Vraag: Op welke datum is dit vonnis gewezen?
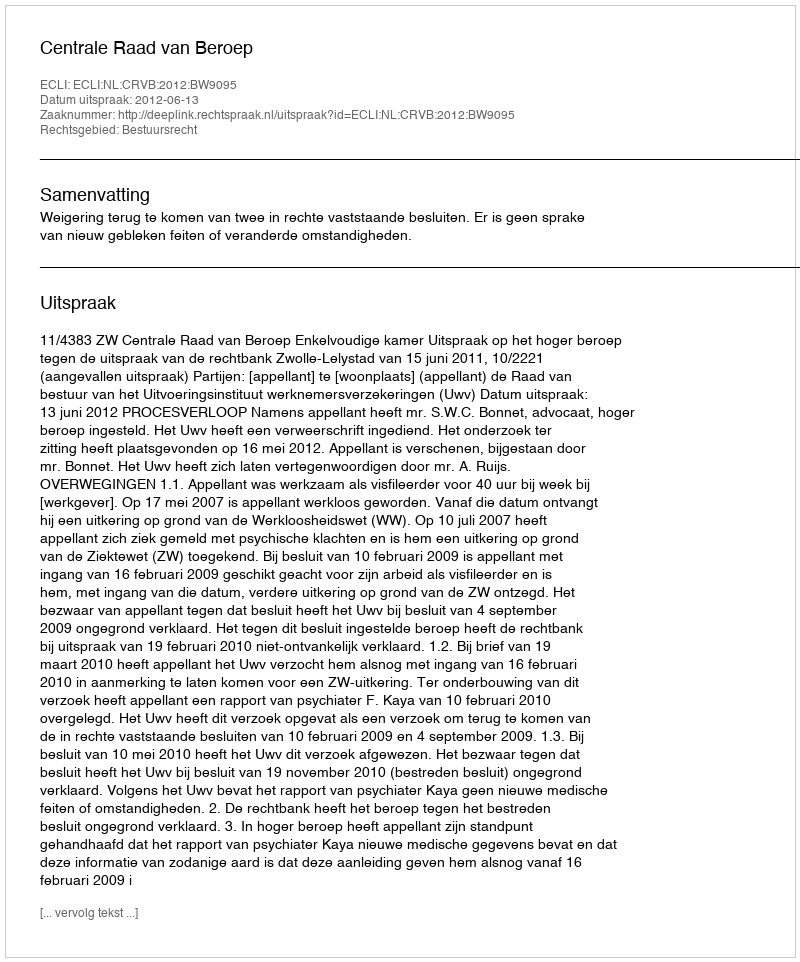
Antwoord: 2012-06-13